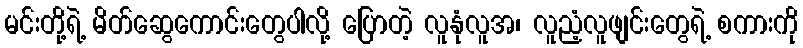
မင်းတို့ရဲ့ မိတ်ဆွေကောင်းတွေပါလို့ ပြောတဲ့ လူနုံလူအ၊ လူညံ့လူဖျင်းတွေရဲ့ စကားကို